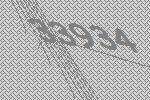
33934